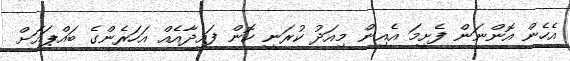
އެހެން އޮންނަން ފެށީމަ އެއިން މިއަދު ކުރަނީ ކޮން ފައިދާއެއް އަހަރެންގެ ބައްޕައަށް